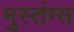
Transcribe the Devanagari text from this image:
मुस्तंग्स